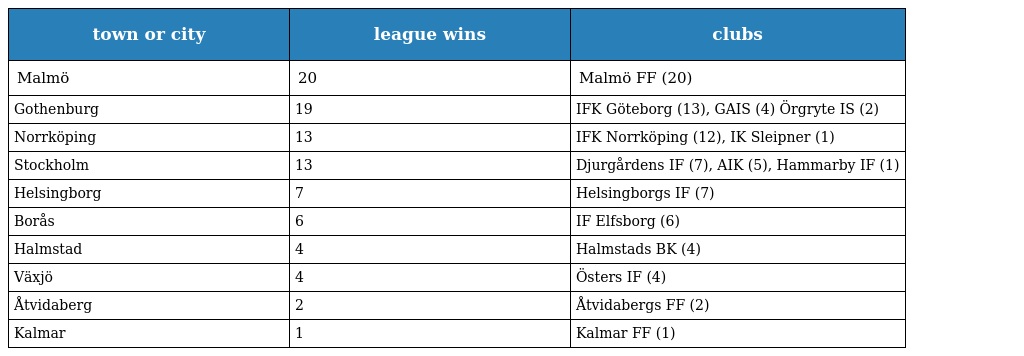
| town or city | league wins | clubs |
 | --- | --- | --- |
 | Malmö | 20 | Malmö FF (20) |
 | Gothenburg | 19 | IFK Göteborg (13), GAIS (4) Örgryte IS (2) |
 | Norrköping | 13 | IFK Norrköping (12), IK Sleipner (1) |
 | Stockholm | 13 | Djurgårdens IF (7), AIK (5), Hammarby IF (1) |
 | Helsingborg | 7 | Helsingborgs IF (7) |
 | Borås | 6 | IF Elfsborg (6) |
 | Halmstad | 4 | Halmstads BK (4) |
 | Växjö | 4 | Östers IF (4) |
 | Åtvidaberg | 2 | Åtvidabergs FF (2) |
 | Kalmar | 1 | Kalmar FF (1) |